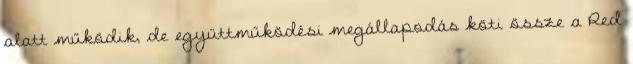
alatt működik, de együttműködési megállapodás köti össze a Red